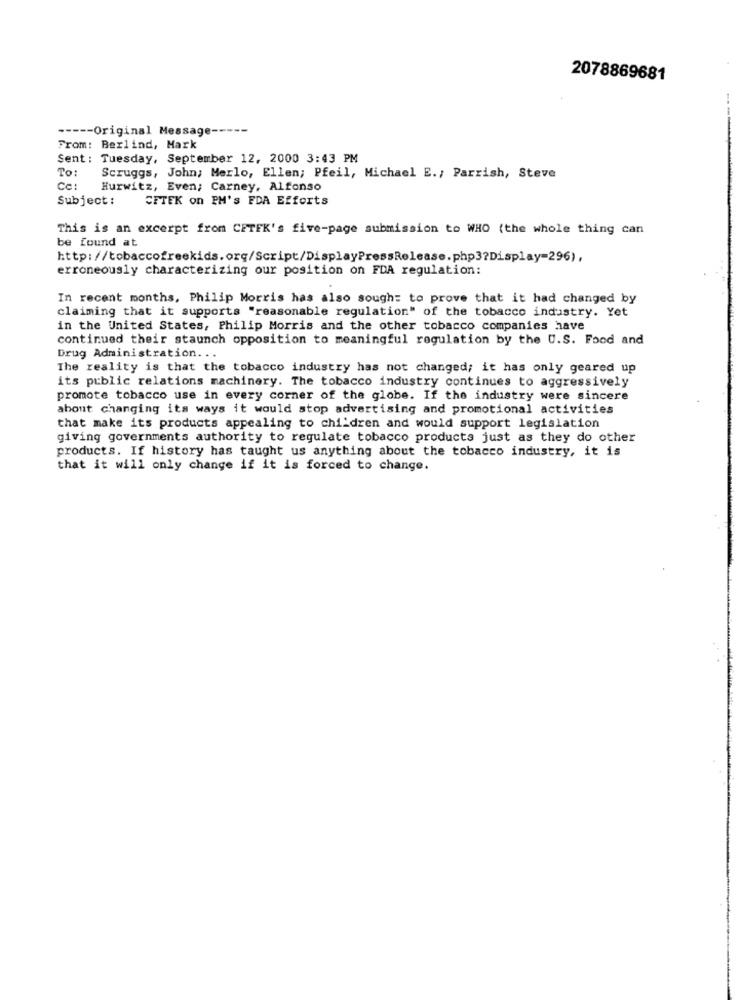
2078869681
----- Original Message ---
From: Berlind, Mark
Sent: Tuesday, September 12, 2000 3:43 PM
To:
Scruggs, John; Merlo, Ellen; Pfeil, Michael E .; Parrish, Steve
Ce:
Hurwitz, Even; Carney, Alfonso
Subject :
CFTEK on PM's FDA Efforts
This is an excerpt from CETEK's five-page submission to WHO (the whole thing can
be found at
http://tobaccofreekids.org/Script/DisplayPressRelease.php3?Display=296),
erroneously characterizing our position on FDA regulation:
In recent months, Philip Morris has also sought to prove that it had changed by
claiming that it supports "reasonable regulation" of the tobacco industry. Yet
in the United States, Philip Morris and the other tobacco companies have
continued their staunch opposition to meaningful regulation by the U.S. Food and
Drug Administration. ..
The reality is that the tobacco industry has not changed; it has only geared up
its public relations machinery. The tobacco industry continues to aggressively
promote tobacco use in every corner of the globe. If the industry were sincere
about changing its ways it would stop advertising and promotional activities
that make its products appealing to children and would support legislation
giving governments authority to regulate tobacco products just as they do other
products. If history has taught us anything about the tobacco industry, it is
that it will only change if it is forced to change.